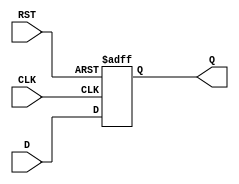
module DataRegister (
    input wire D,        // Data Input
    input wire CLK,      // Clock Input
    input wire RST,      // Reset Input
    output reg Q         // Data Output
);

// Asynchronous reset and synchronous data capture
always @(posedge CLK or posedge RST) begin
    if (RST) begin
        Q <= 1'b0;      // Reset the output to 0
    end else begin
        Q <= D;         // Capture the input data on clock edge
    end
end

endmodule